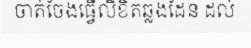
ចាត់ចែងធ្វើលិខិតឆ្លងដែន ដល់